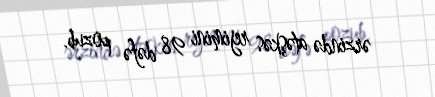
ərzində atəşkəs rejimini 98 dəfə pozub.